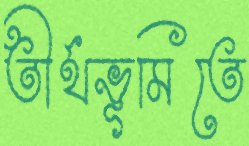
তীর্থভূমিতে